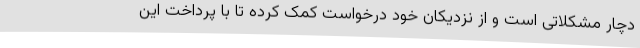
دچار مشکلاتی است و از نزدیکان خود درخواست کمک کرده تا با پرداخت این